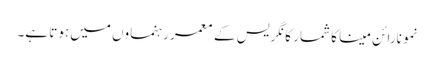
نمو نارائن مینا کا شمار کانگریس کے معمر رہنماوں میں ہوتا ہے۔